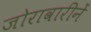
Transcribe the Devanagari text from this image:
जोरावारीनें